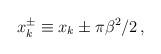
LaTeX: \begin{align*}x^\pm_k \equiv x_k \pm \pi \beta ^2/2 \, ,\end{align*}